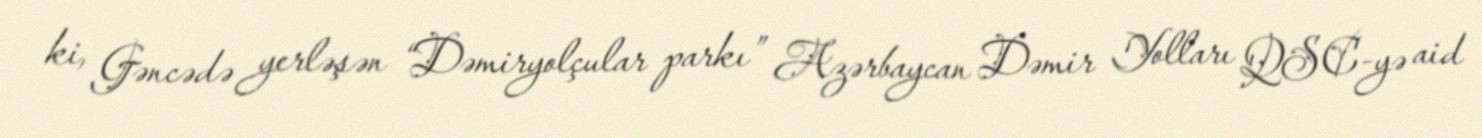
ki, Gəncədə yerləşən “Dəmiryolçular parkı” Azərbaycan Dəmir Yolları QSC-yə aid